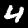
Label: 4